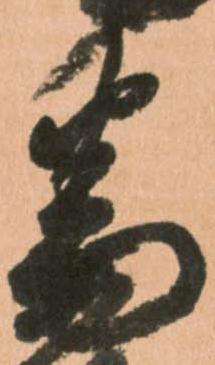
番